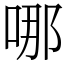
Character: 哪